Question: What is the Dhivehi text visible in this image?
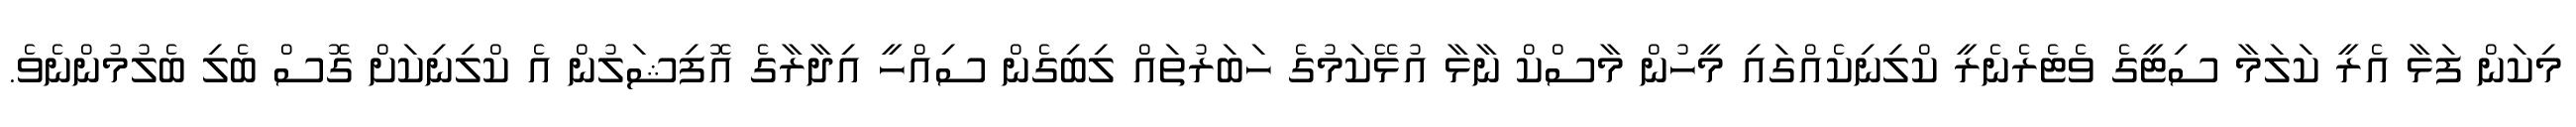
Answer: މިކަން ފަޅާ އެރީ ކަލަމާ ސިޓީގެ ވެޓެރެނެރީ ކްލިނިކެއްގައި މީހުން މާސްކް ނާޅާ އުޅޭކަމުގެ ހަބަރުތައް ލިބިގެން ސިއްހީ އިދާރާގެ އޮފިޝަލުން އެ ކްލިނިކަށް ގޮސް ބެލި ބެލުމުންނެވެ.